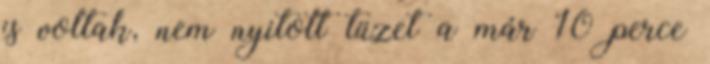
is voltak, nem nyitott tüzet a már 10 perce